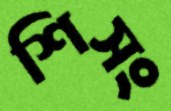
শিসং